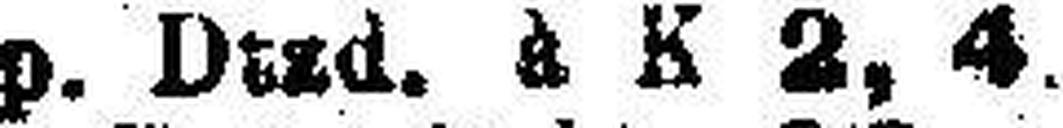
p. Dtrd. s K 2, 4.